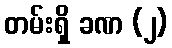
တမ်းရှိ ခဏ (၂)